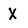
Character: X